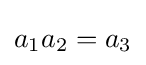
a_{1}a_{2}=a_{3}